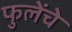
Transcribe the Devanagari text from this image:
फुलेंचे